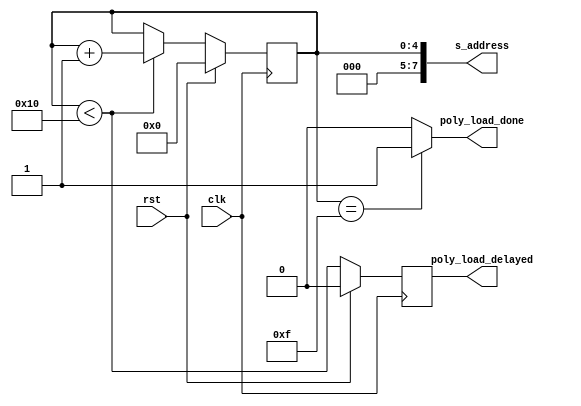
`timescale 1ns / 1ps

//////////////////////////////////////////////////////////////////////////////////

// High-speed instruction set coprocessor architecture for lattice-based cryptography. 
// Saber is implemented as a case study.
// The designers are Sujoy Sinha Roy and Andrea Basso. 

// Implementation by the designers, hereby denoted as "the implementer".

// To the extent possible under law, the implementer has waived all copyright
// and related or neighboring rights to the source code in this file.
// http://creativecommons.org/publicdomain/zero/1.0/

// The codes are for academic research use only and does not come with any support or any responsibility.

//////////////////////////////////////////////////////////////////////////////////


module poly_load_control_BRAM1(clk, rst, s_address, poly_load_delayed, poly_load_done);
input clk, rst;
output [7:0] s_address;
output reg poly_load_delayed;
output poly_load_done;

reg [4:0] poly_word_counter;

always @(posedge clk)
begin
	if (rst)
		poly_load_delayed <= 0;
	else
		poly_load_delayed <= poly_word_counter < 16;
end

assign s_address = poly_word_counter;
	
always @(posedge clk)
begin
	if (rst)
		poly_word_counter <= 5'd0;
	else if (poly_word_counter < 16)
		poly_word_counter <= poly_word_counter + 5'd1;
	else
		poly_word_counter <= poly_word_counter;
end

assign poly_load_done = poly_word_counter == 5'd15 ? 1'b1 : 1'b0;

endmodule